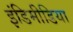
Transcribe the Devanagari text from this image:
इंडिमीडिया